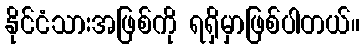
နိုင်ငံသားအဖြစ်ကို ရရှိမှာဖြစ်ပါတယ်။